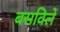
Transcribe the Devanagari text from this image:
बसविलें